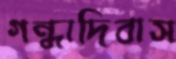
গন্ধাদিবাস